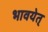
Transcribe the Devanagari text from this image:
भावयेत्‌